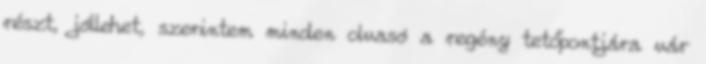
részt, jóllehet, szerintem minden olvasó a regény tetőpontjára vár